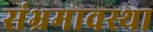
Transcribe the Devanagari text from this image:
संभ्रमावस्था